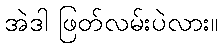
အဲဒါ ဖြတ်လမ်းပဲလား။